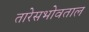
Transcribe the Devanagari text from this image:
तारेसभोवताल